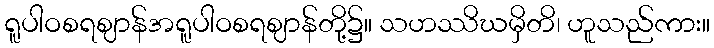
ရူပါဝစရဈာန်အရူပါဝစရဈာန်တို့၌။ သဟဿိဃမှိတိ၊ ဟူသည်ကား။